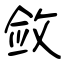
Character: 敛